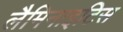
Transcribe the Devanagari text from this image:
लैमिनाइटिस